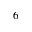
6